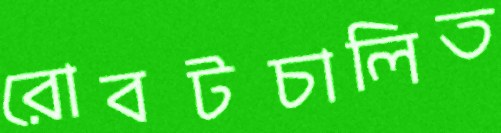
রোবটচালিত